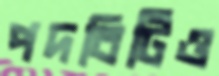
পদবিটিও